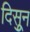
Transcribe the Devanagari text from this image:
दिसुून